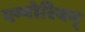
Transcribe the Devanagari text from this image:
एम्पोरियम्